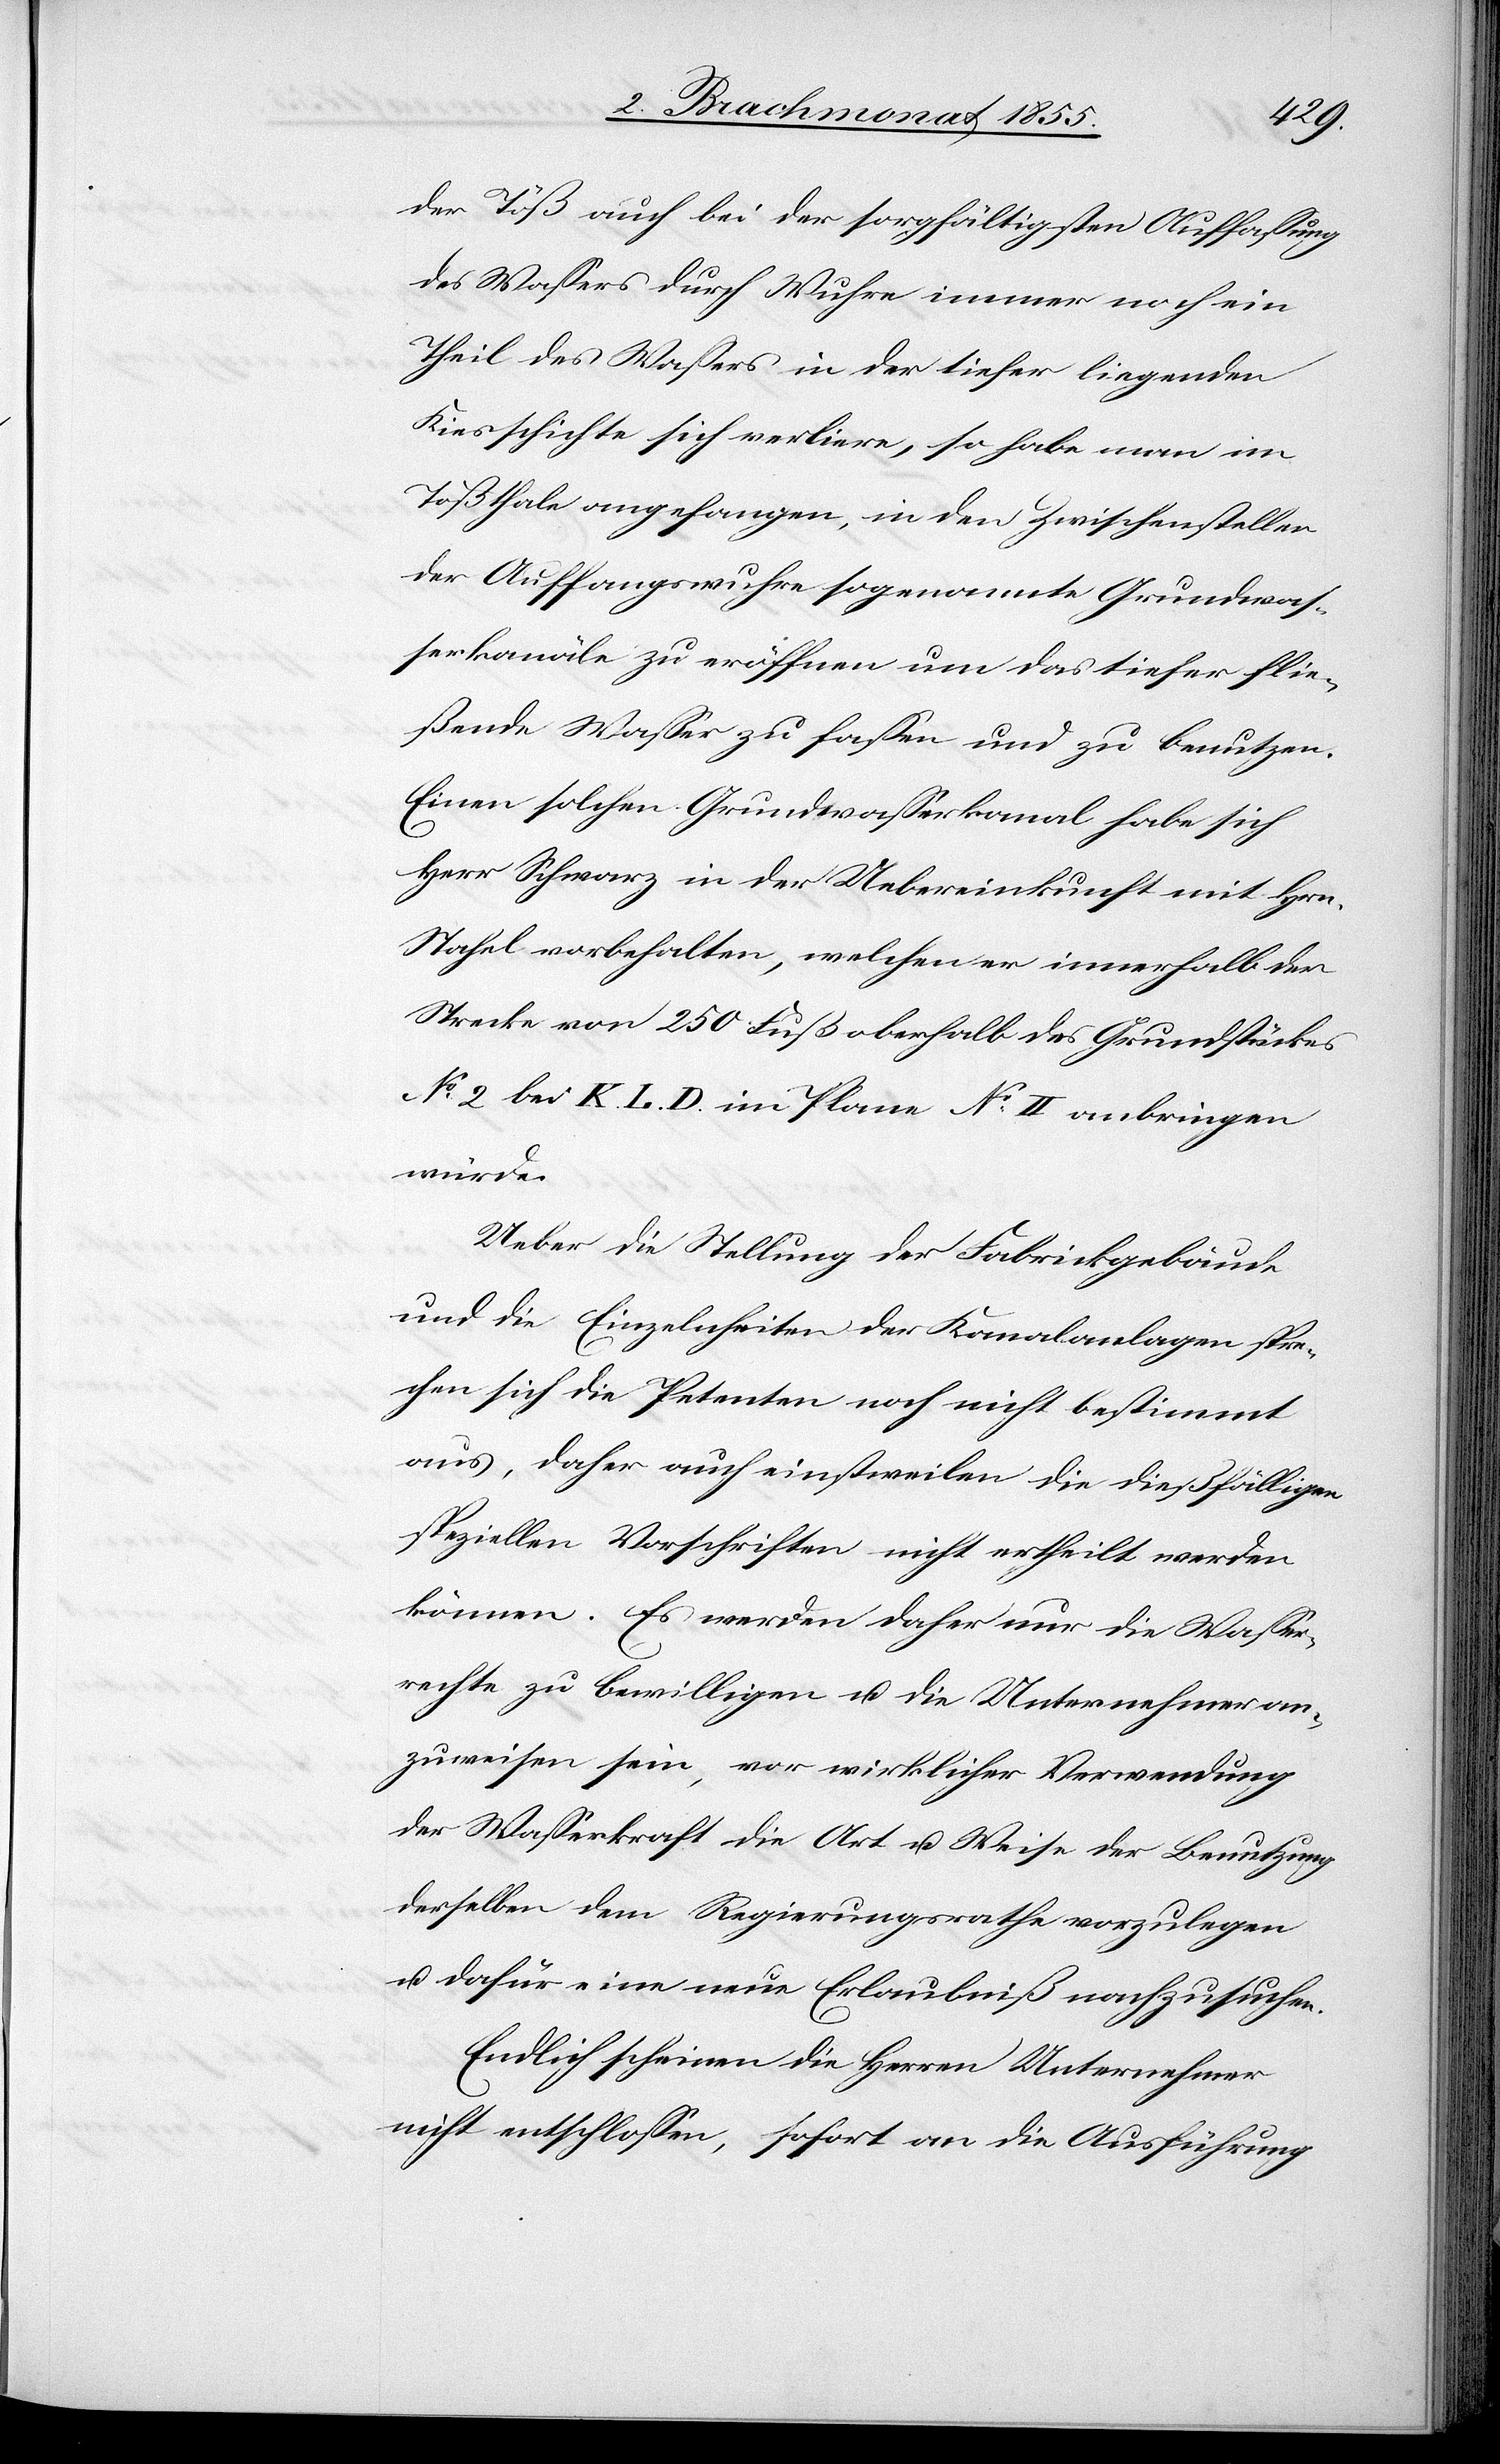
der Töß auch bei der sorgfältigsten Auffassung
des Wassers durch Wuhre immer noch ein
Theil des Wassers in der tiefer liegenden
Kiesschichte sich verliere, so habe man im
Tößthale angefangen, in den Zwischenstellen
der Auffangswuhre sogenannte Grundwas¬
serkanäle zu eröffnen um das tiefer flie¬
ßende Wasser zu fassen und zu benutzen.
Einen solchen Grundwasserkanal habe sich
Herr Schwarz in der Uebereinkunft mit Hrn.
Stahel vorbehalten, welchen er innerhalb der
Strecke von 250 Fuß oberhalb des Grundstückes
No 2 bei K. L. D. im Plane No II anbringen
würde.
Ueber die Stellung der Fabrickgebäude
und die Einzelnheiten der Kanalanlagen spre¬
chen sich die Petenten noch nicht bestimmt
aus, daher auch einstweilen die dießfälligen
speziellen Vorschriften nicht ertheilt werden
können. Es werden daher nur die Wasser¬
rechte zu bewilligen u. die Unternehmer an¬
zuweisen sein, vor wirklicher Verwendung
der Wasserkraft die Art u. Weise der Benutzung
derselben dem Regierungsrathe vorzulegen
u. dafür eine neue Erlaubniß nachzusuchen.
Endlich scheinen die Herren Unternehmer
nicht entschlossen, sofort an die Ausführung